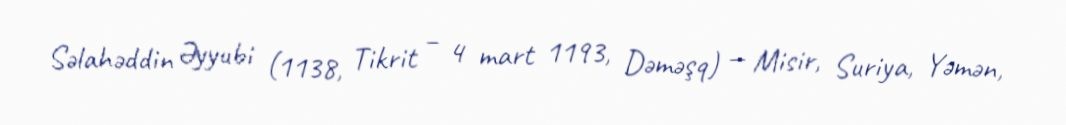
Səlahəddin Əyyubi (1138, Tikrit – 4 mart 1193, Dəməşq) — Misir, Suriya, Yəmən,